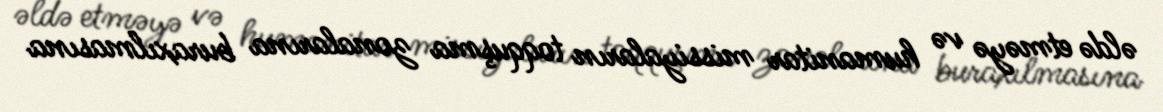
əldə etməyə və humanitar missiyaların toqquşma zonalarına buraxılmasına